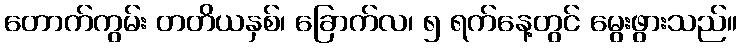
တောက်ကွမ်း တတိယနှစ်၊ ခြောက်လ၊ ၅ ရက်နေ့တွင် မွေးဖွားသည်။